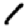
Digit: 1